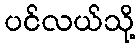
ပင်လယ်သို့